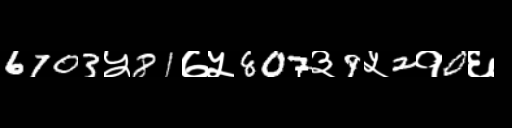
Text: 6703५81७५807३9५2१0६